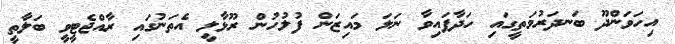
އިހަވަންދޫ ބަނދަރުމަތީގައި ހަދާފައިވާ ނަލަ މައިޒަން ފުލުހުން ރޫޅާލީ އެތަނުގައި ރާއްޖެޓީވީ ބަލާތީ